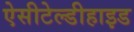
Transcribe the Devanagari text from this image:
ऐसीटेल्डीहाइड